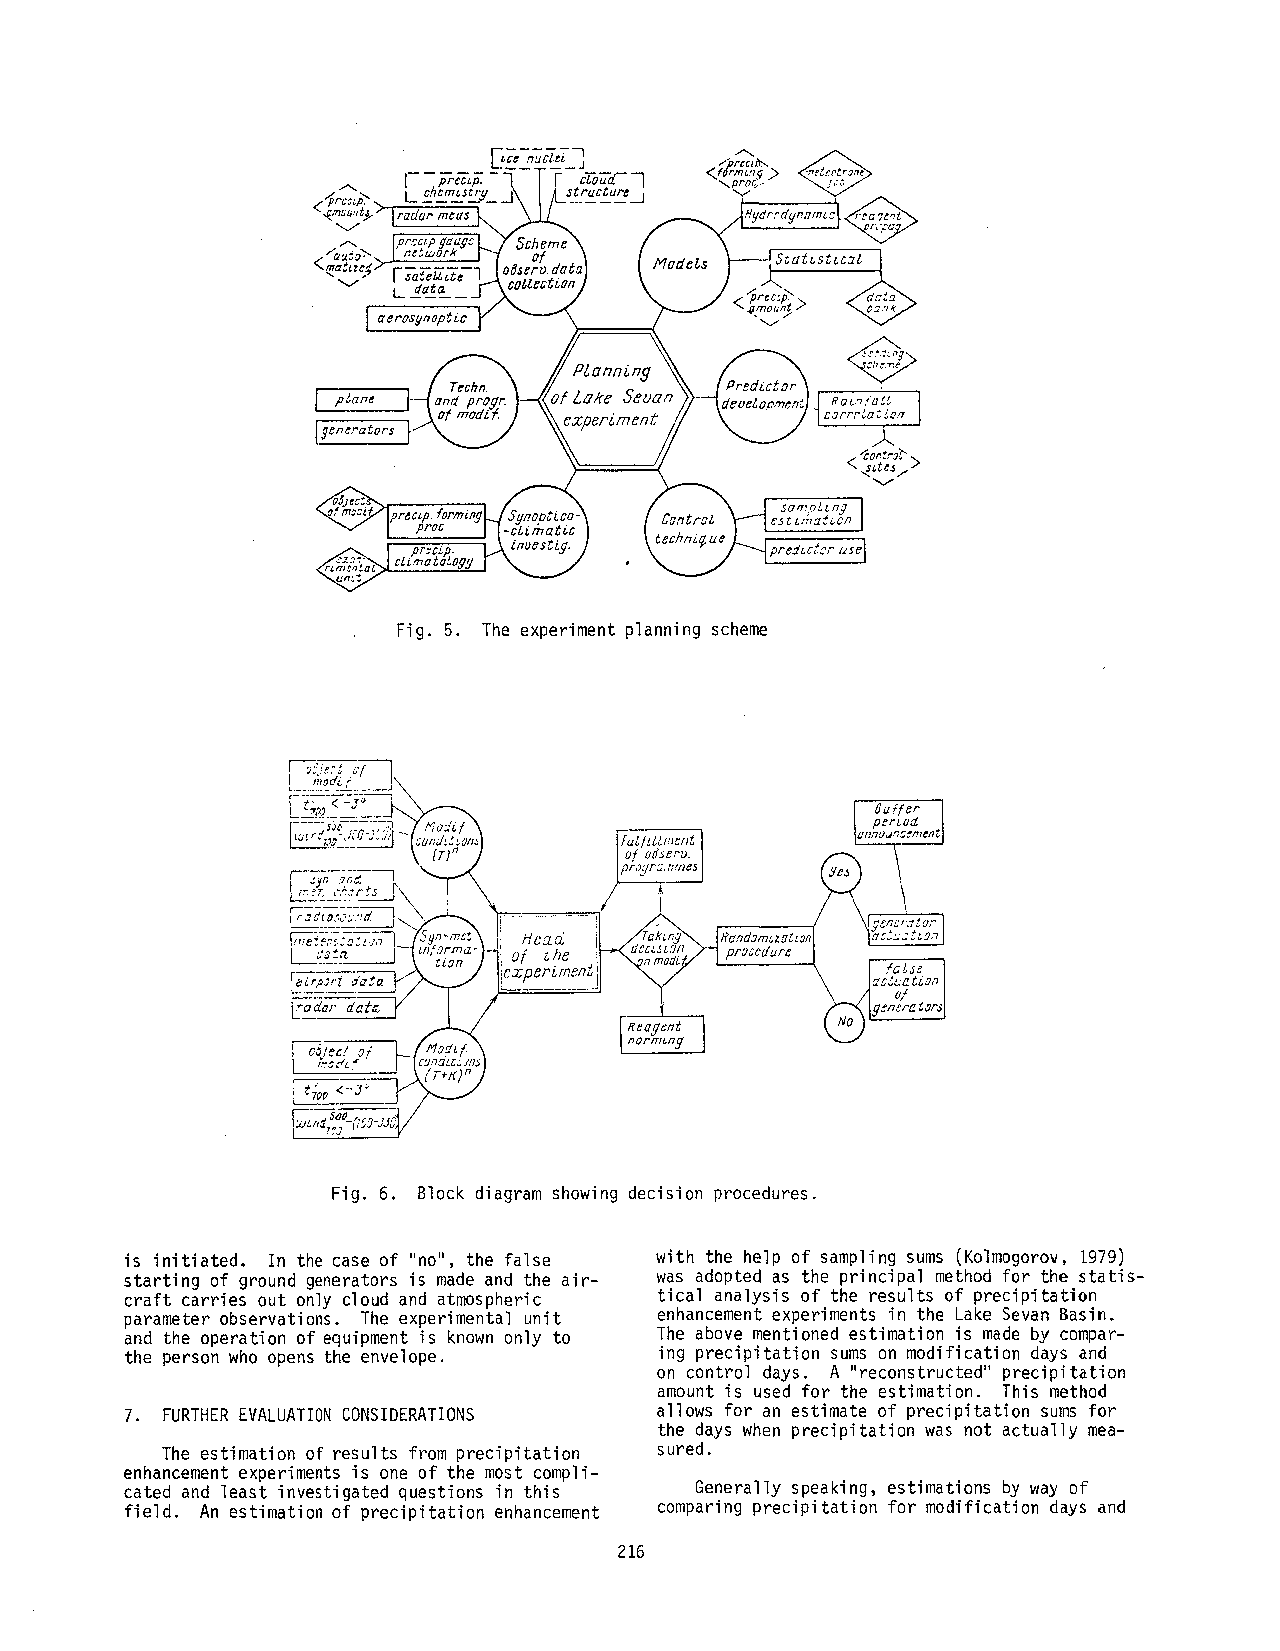
~ ~rc=~. ~ ..... ~ x t ~ ...... ~ ,
 "A°i~°~z-~~er~me~ /I X  Ill
 i ~tnar~or~    XX.. .....././
 Fig. 5. The experimentp lannings cheme
 Fig. 6. Block diagram showing decision procedures.
 is initiated. In the case of "no", the false with the help of sampling sums (Kolmogorov, 1979)
 starting of ground generators is made and the air- was adopted as the principal method for the statis-
 craft carries out only cloud and atmospheric tical analysis of the results of precipitation
 parameter observations. The experimental unit enhancement experiments in the Lake Sevan Basin.
 and the operation of equipment is known only to The above mentioned estimation is made by compar-
 the person who opens the envelope.  ing precipitation sums on modification days and
 on control days. A "reconstructed" precipitation
 amount is used for the estimation. This method
 7. FURTHEERV ALUATIOCNO NSIDERATIONS allows for an estimate of precipitation sums for
 the days when precipitation was not actually mea-
 The estimation of results from precipitation sured.
 enhancement experiments is one of the most compli-
 cated and least investigated questions in this Generally speaking, estimations by way of
 field. An estimation of precipitation enhancement comparing precipitation for modification days and
 216